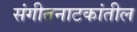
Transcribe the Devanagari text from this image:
संगीतनाटकांतील